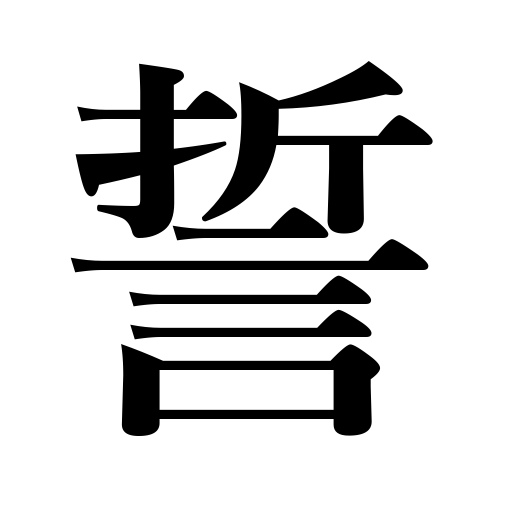
Meanings: swear,vow,plegde